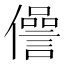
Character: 𠐨